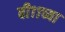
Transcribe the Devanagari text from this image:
बी११च्या